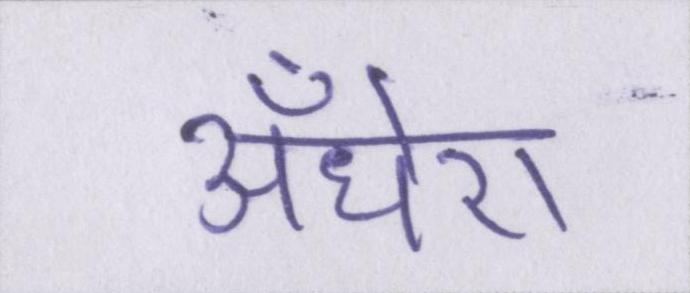
अँधेरा